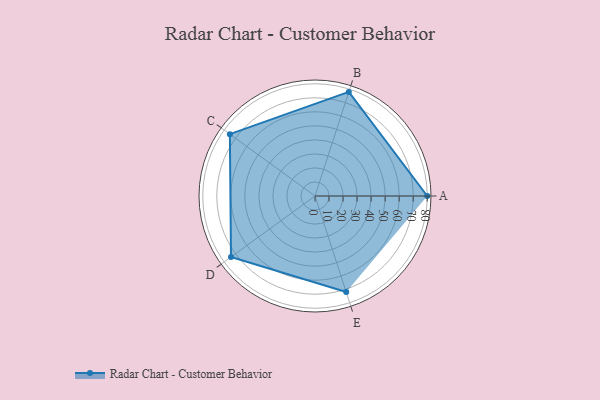
{"axis": {"x": "Skill", "y": "Score"}, "legend": ["Profile"], "data": [{"x": "A", "y": 80.0, "type": "Profile"}, {"x": "B", "y": 78.0, "type": "Profile"}, {"x": "C", "y": 75.0, "type": "Profile"}, {"x": "D", "y": 74.0, "type": "Profile"}, {"x": "E", "y": 72.0, "type": "Profile"}]}